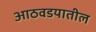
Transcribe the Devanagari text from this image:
आठवडयातील